Scottish Leaving Certificate Examination, 1954
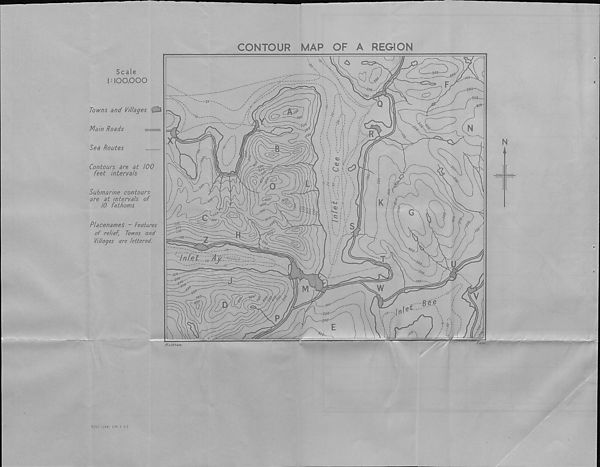
CONTOUR
MAP
OF
A
REGION
Scale
1:100,000
Towns and Villages
Main Roads
Sea Routes
Contours are at 100
feet intervals
Submarine contours
are at intervals of
10 fathoms
Placenames - Features
of relief. Towns and
Villages are lettered.
9757 -1/54. (M.F.P.)
300
100
200
<00
'00
300
Q
*00-
400
30°
N
R
|00
N
0)
c?
o
60°
0
11
Coo?
600
K
so
S3
S>S!
<13
r S>o So
G
<\jQ
500
/
s
300
20O
40°
100
So
00
«a
inLe't
T
Jo.
U
|00
900
d
/oo
w
m
V
10°
aoo
free
fOQ
let-
In
200
P
300
E
Ll
*0
T d
Matthew,